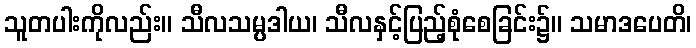
သူတပါးကိုလည်း။ သီလသမ္ပဒါယ၊ သီလနှင့်ပြည့်စုံစေခြင်း၌။ သမာဒပေတိ၊